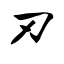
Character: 刃